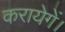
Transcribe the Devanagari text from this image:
करायेगें।